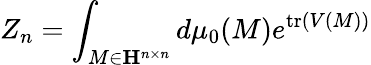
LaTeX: Z_{n}=\int_{M\in\mathbf{H}^{n\times n}}d\mu_{0}(M)e^{{\mathrm{tr}}(V(M))}